Insane asylums in Bengal annual reports 1876-1887 - 1876-1887
Year: 1876
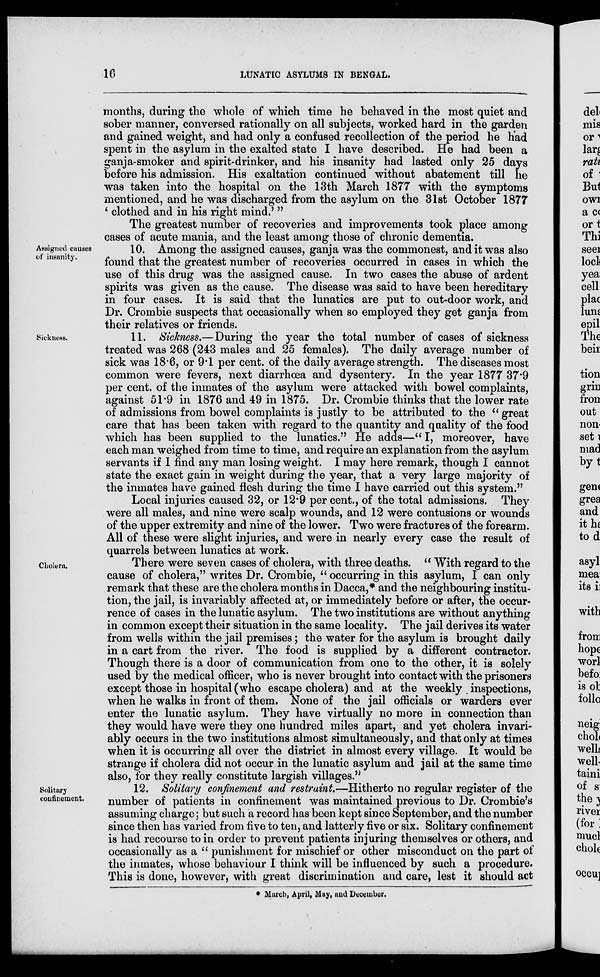
16
LUNATIC ASYLUMS IN BENGAL.
months, during the whole of which time he behaved in the most quiet and
sober manner, conversed rationally on all subjects, worked hard in the garden
and gained weight, and had only a confused recollection of the period he had
spent in the asylum in the exalted state I have described. He had been a
ganja-smoker and spirit-drinker, and his insanity had lasted only 25 days
before his admission. His exaltation continued without abatement till he
was taken into the hospital on the 13th March 1877 with the symptoms
mentioned, and he was discharged from the asylum on the 31st October 1877
'clothed and in his right mind.'"
The greatest number of recoveries and improvements took place among
cases of acute mania, and the least among those of chronic dementia.
Assigned
causes
of insanity.
10. Among the assigned causes, ganja was the commonest, and it was also
found that the greatest number of recoveries occurred in cases in which the
use of this drug was the assigned cause. In two cases the abuse of ardent
spirits was given as the cause. The disease was said to have been hereditary
in four cases. It is said that the lunatics are put to out-door work, and
Dr. Crombie suspects that occasionally when so employed they get ganja from
their relatives or friends.
Sickness.
11. Sickness.—During the year the total number of cases of sickness
treated was 268 (243 males and 25 females). The daily average number of
sick was 18.6, or 9.1 per cent. of the daily average strength. The diseases most
common were fevers, next diarrhœa and dysentery. In the year 1877 37.9
per cent. of the inmates of the asylum were attacked with bowel complaints,
against 51.9 in 1876 and 49 in 1875. Dr. Crombie thinks that the lower rate
of admissions from bowel complaints is justly to be attributed to the " great
care that has been taken with regard to the quantity and quality of the food
which has been supplied to the lunatics." He adds—" I, moreover, have
each man weighed from time to time, and require an explanation from the asylum
servants if I find any man losing weight. I may here remark, though I cannot
state the exact gain in weight during the year, that a very large majority of
the inmates have gained flesh during the time I have carried out this system."
Local injuries caused 32, or 12.9 per cent., of the total admissions. They
were all males, and nine were scalp wounds, and 12 were contusions or wounds
of the upper extremity and nine of the lower. Two were fractures of the forearm.
All of these were slight injuries, and were in nearly every case the result of
quarrels between lunatics at work.
Cholera.
There were seven cases of cholera, with three deaths. " With regard to the
cause of cholera," writes Dr. Crombie, " occurring in this asylum, I can only
remark that these are the cholera months in Dacca,* and the neighbouring institu-
tion, the jail, is invariably affected at, or immediately before or after, the occur-
rence of cases in the lunatic asylum. The two institutions are without anything
in common except their situation in the same locality. The jail derives its water
from wells within the jail premises; the water for the asylum is brought daily
in a cart from the river. The food is supplied by a different contractor.
Though there is a door of communication from one to the other, it is solely
used by the medical officer, who is never brought into contact with the prisoners
except those in hospital (who escape cholera) and at the weekly . inspections,
when he walks in front of them. None of the jail officials or warders ever
enter the lunatic asylum. They have virtually no more in connection than
they would have were they one hundred miles apart, and yet cholera invari-
ably occurs in the two institutions almost simultaneously, and that only at times
when it is occurring all over the district in almost every village. It would be
strange if cholera did not occur in the lunatic asylum and jail at the same time
also, for they really constitute largish villages."
Solitary
confinement.
12. Solitary confinement and restraint.—Hitherto no regular register of the
number of patients in confinement was maintained previous to Dr. Crombie's
assuming charge; but such a record has been kept since September, and the number
since then has varied from five to ten, and latterly five or six. Solitary confinement
is had recourse to in order to prevent patients injuring themselves or others, and
occasionally as a " punishment for mischief or other misconduct on the part of
the inmates, whose behaviour I think will be influenced by such a procedure.
This is done, however, with great discrimination and care, lest it should act
* March, April, May, and December.